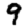
Digit: 9